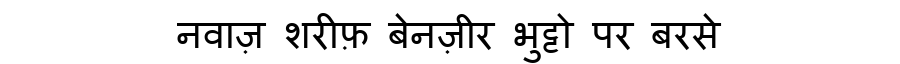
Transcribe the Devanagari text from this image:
नवाज़ शरीफ़ बेनज़ीर भुट्टो पर बरसे